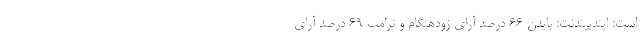
است: ایندیپندنت: بایدن ۶۶ درصد آرای زودهنگام و ترامپ ۶۹ درصد آرای